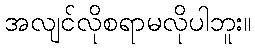
အလျင်လိုစရာမလိုပါဘူး။